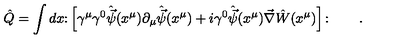
\hat { Q } = \int d x \colon \left[ \gamma ^ { \mu } \gamma ^ { 0 } \hat { \vec { \psi } } ( x ^ { \mu } ) \partial _ { \mu } \hat { \vec { \psi } } ( x ^ { \mu } ) + i \gamma ^ { 0 } \hat { \vec { \psi } } ( x ^ { \mu } ) \vec { \nabla } \hat { W } ( x ^ { \mu } ) \right] \colon \qquad .